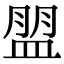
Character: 𥂀